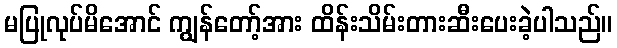
မပြုလုပ်မိအောင် ကျွန်တော့်အား ထိန်းသိမ်းတားဆီးပေးခဲ့ပါသည်။